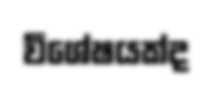
විශේෂයක්ද